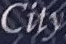
City